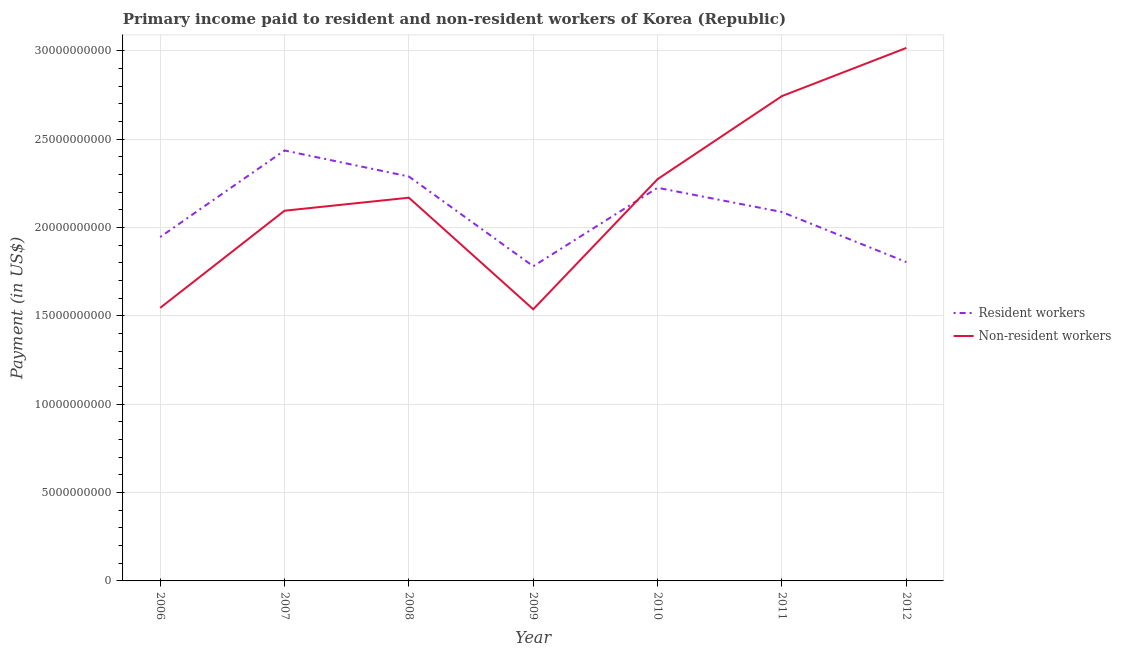
| Year | Resident workers | Non-resident workers |
 | --- | --- | --- |
 | 2006 | 1.95e+10 | 1.55e+10 |
 | 2007 | 2.44e+10 | 2.09e+10 |
 | 2008 | 2.29e+10 | 2.17e+10 |
 | 2009 | 1.78e+10 | 1.54e+10 |
 | 2010 | 2.22e+10 | 2.27e+10 |
 | 2011 | 2.09e+10 | 2.74e+10 |
 | 2012 | 1.8e+10 | 3.02e+10 |